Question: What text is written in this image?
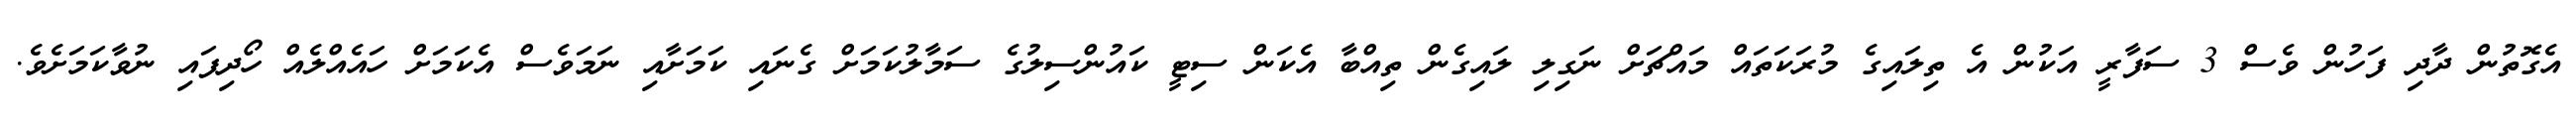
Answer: އެގޮތުން ދާދި ފަހުން ވެސް 3 ސަފާރީ އަކުން އެ ތިލައިގެ މުރަކަތައް މައްޗަށް ނަގިލި ލައިގެން ތިއްބާ އެކަން ސިޓީ ކައުންސިލުގެ ސަމާލުކަމަށް ގެނައި ކަމަށާއި ނަމަވެސް އެކަމަށް ހައެއްލެއް ހޯދިފައި ނުވާކަމަށެވެ.